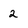
Character: 2